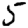
Digit: 5